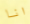
انا